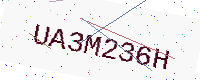
Text: UA3M236H